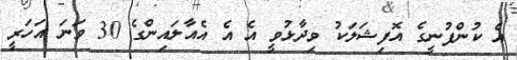
އެ ކުންފުނީގެ އޮފިޝަލަކު ވިދާޅުވީ އެ އެ އެއާލައިންގެ 30 ވަނަ އަހަރީ